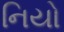
નિયો